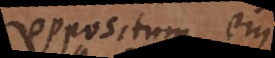
oppositum ejus